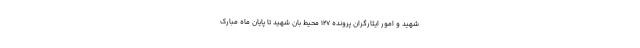
شهید و امور ایثارگران پرونده ۱۲۷ محیط بان شهید تا پایان ماه مبارک